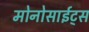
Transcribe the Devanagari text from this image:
मोनोसाईट्स